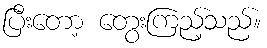
ပြီးတော့ တွေးကြည့်သည်။